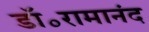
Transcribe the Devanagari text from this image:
डॉ॰रामानंद